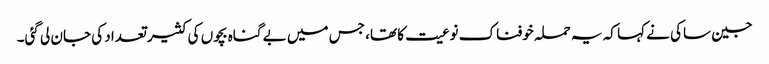
جین ساکی نے کہا کہ یہ حملہ خوفناک نوعیت کا تھا، جس میں بے گناہ بچوں کی کثیر تعداد کی جان لی گئی۔